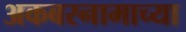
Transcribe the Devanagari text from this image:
अकबरनामाच्या